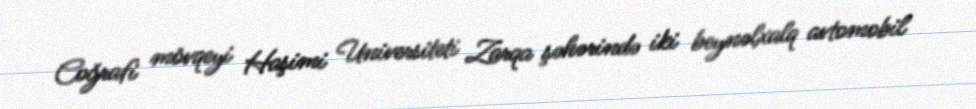
Coğrafi mövqeyi Haşimi Universiteti Zarqa şəhərində iki beynəlxalq avtomobil